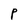
Character: P